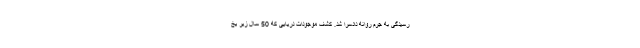
رسیدگی به جرم روانه دادسرا شد. کشف موجودات دریایی که 50 سال زیر یخ